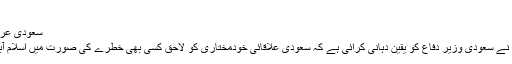
(11.01.2016)
سعودی عرب کے ساتھ ہیں، پاکستان
پاکستانی فوج کے سربراہ نے سعودی وزیر دفاع کو یقین دہانی کرائی ہے کہ سعودی علاقائی خودمختاری کو لاحق کسی بھی خطرے کی صورت میں اسلام آباد کا ردعمل ناگزیر ہوگا۔